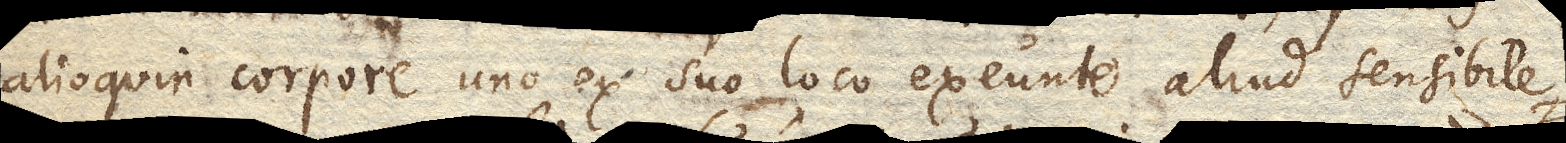
alioquin corpore uno ex suo loco exeunte aliud sensibile